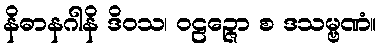
နိဓာနဂါနိ ဒိဝသ၊ ဝဠဉ္ဇော စ ဒသမ္ဗဏံ။